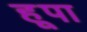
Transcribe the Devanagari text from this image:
हूपा